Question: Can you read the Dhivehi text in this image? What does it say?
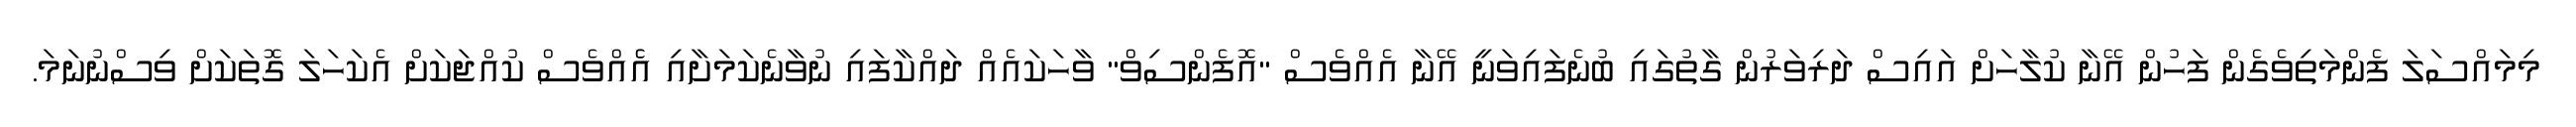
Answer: މިމައްސަލަ ފެންމަތިވެގެން ފަހުން އޭނާ ކުލާހަށް އައިސް ދަރިވަރުން ގާތުގައި ބުނެފައިވަނީ އޭނާ އެއްވެސް "އޮފެންސިވް" ވާހަކައެއް ދައްކާފައި ނުވާނެކަމަށާއި އެެއްވެސް ކުއްޖަކަށް އެކަހަލަ ގޮތަކަށް ވިސްނުނަމަ.